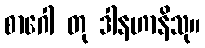
စာဂေါ တု ဒါနဟာနိသု။